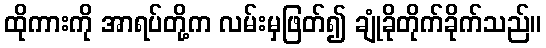
ထိုကားကို အာရပ်တို့က လမ်းမှဖြတ်၍ ချုံခိုတိုက်ခိုက်သည်။